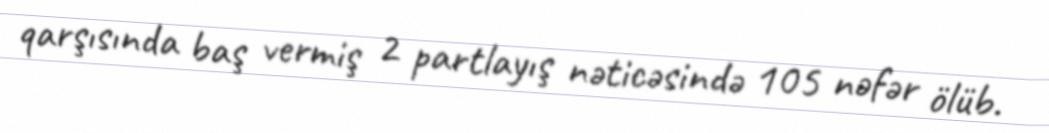
qarşısında baş vermiş 2 partlayış nəticəsində 105 nəfər ölüb.